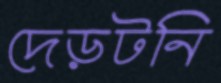
দেড়টনি